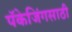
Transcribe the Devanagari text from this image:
पॅकेजिंगसाठी